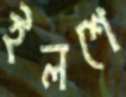
ইলশে